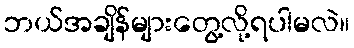
ဘယ်အချိန်များတွေ့လို့ရပါမလဲ။